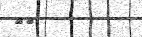
٨٩